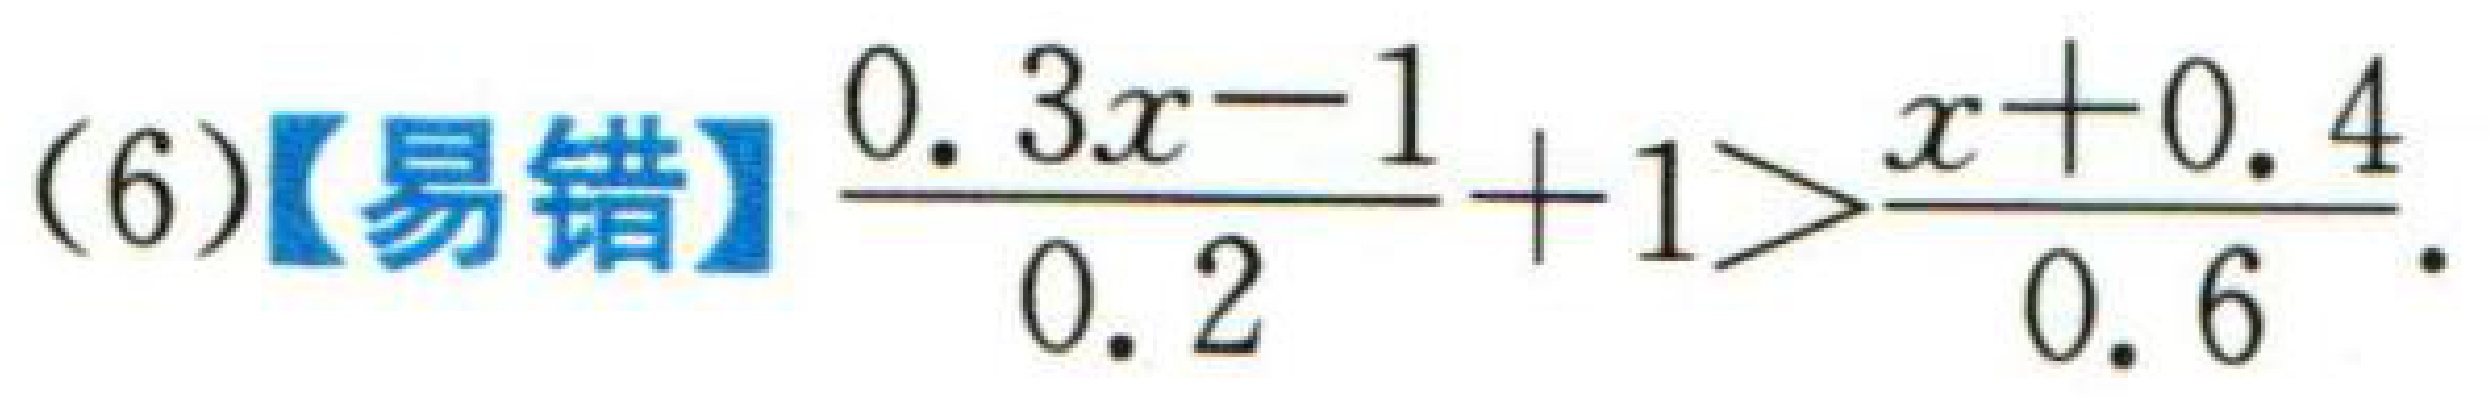
(6)【易错】$\dfrac{0.3x - 1}{0.2}+1>\dfrac{x + 0.4}{0.6}$.